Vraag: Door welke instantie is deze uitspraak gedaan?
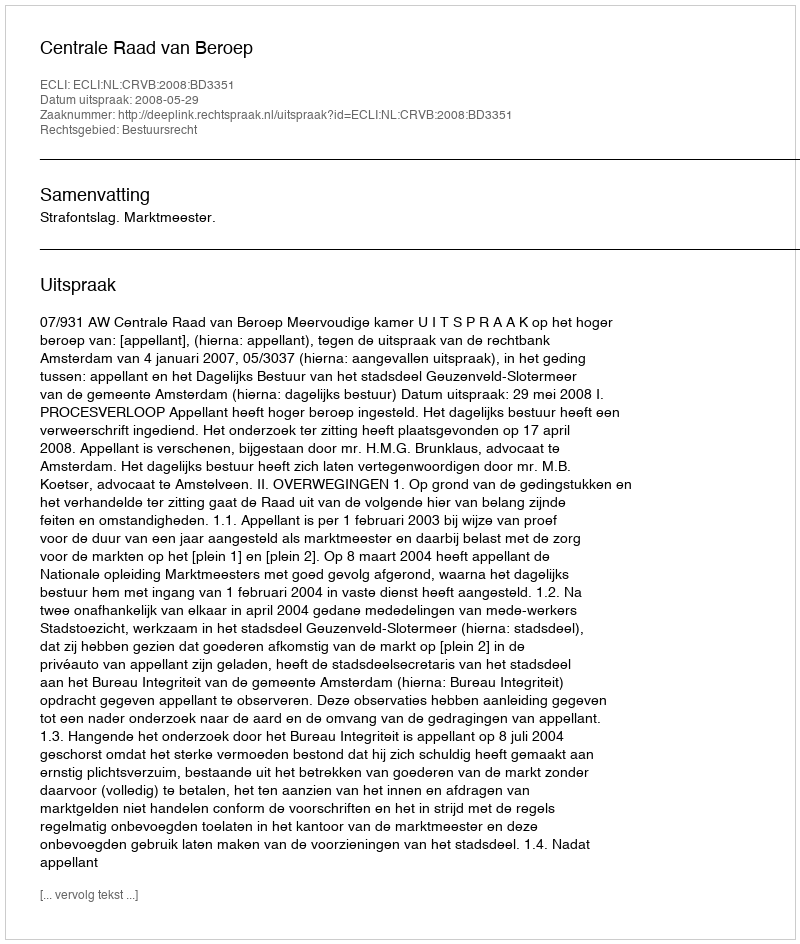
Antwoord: Centrale Raad van Beroep